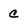
Character: c